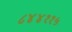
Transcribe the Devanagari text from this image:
८४४११५